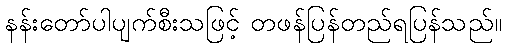
နန်းတော်ပါပျက်စီးသဖြင့် တဖန်ပြန်တည်ရပြန်သည်။